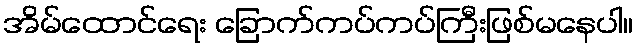
အိမ်ထောင်ရေး ခြောက်ကပ်ကပ်ကြီးဖြစ်မနေပါ။